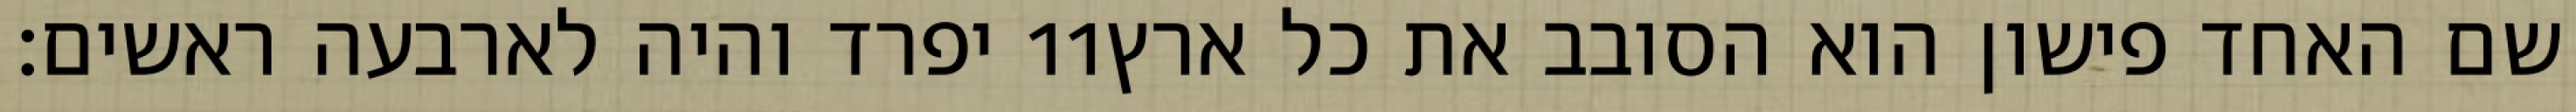
יפרד והיה לארבעה ראשים׃ ‎11‏ שם האחד פישון הוא הסובב את כל ארץ